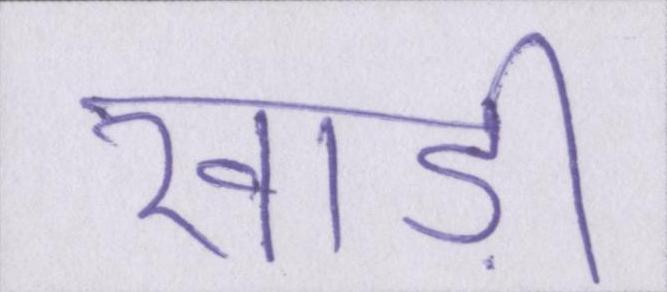
खाड़ी